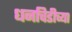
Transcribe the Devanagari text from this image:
धनचिडीच्या